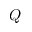
Q